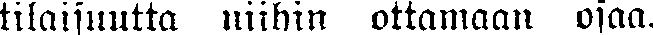
tilaisuutta niihin ottamaan osaa.